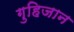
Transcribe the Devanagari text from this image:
गुहिजान